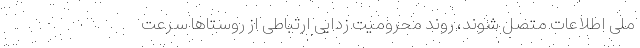
ملی اطلاعات متصل شوند، روند محرومیت زدایی ارتباطی از روستاها سرعت